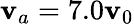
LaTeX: \mathbf{v}_{a}=7.0\mathbf{v}_{0}